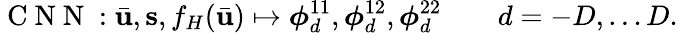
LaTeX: \mathrm{~C~N~N~}:\bar{\mathbf{u}},\mathbf{s},f_{H}(\bar{\mathbf{u}})\mapsto\boldsymbol{\phi}_{d}^{11},\boldsymbol{\phi}_{d}^{12},\boldsymbol{\phi}_{d}^{22}\qquad d=-D,\ldots D.